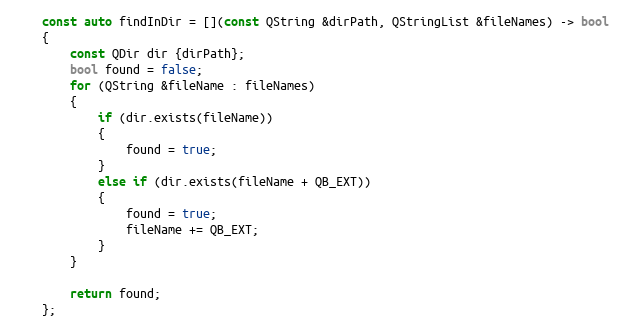
Language: C++
    const auto findInDir = [](const QString &dirPath, QStringList &fileNames) -> bool
    {
        const QDir dir {dirPath};
        bool found = false;
        for (QString &fileName : fileNames)
        {
            if (dir.exists(fileName))
            {
                found = true;
            }
            else if (dir.exists(fileName + QB_EXT))
            {
                found = true;
                fileName += QB_EXT;
            }
        }

        return found;
    };